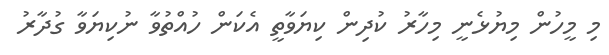
މި މީހުން މިޔުޅެނީ މިހާރު ކުދިން ކިޔަވާތީ އެކަން ހުއްތުވާ ނުކިޔަވާ ގުދާރު